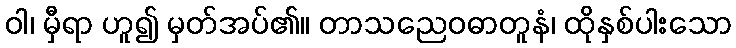
ဝါ၊ မှီရာ ဟူ၍ မှတ်အပ်၏။ တာသညေဝဓာတူနံ၊ ထိုနှစ်ပါးသော